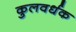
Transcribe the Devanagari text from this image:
कुलवर्धक